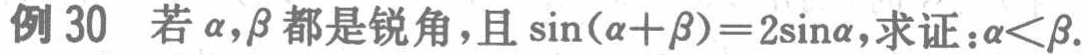
例 30 若\(\alpha,\beta\)都是锐角，且\(\sin(\alpha +\beta)=2\sin\alpha\)，求证：\(\alpha<\beta\)。